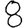
Digit: 8